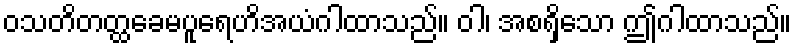
ဝသတိတတ္ထခေမပူရေဟိအယံဂါထာသည်။ ဝါ၊ အစရှိသော ဤဂါထာသည်။